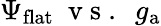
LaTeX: \Psi_{\mathrm{flat}}~\mathrm{~v~s~.~}~g_{\mathrm{a}}